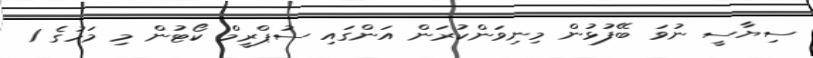
ސިޔާސީ ނުވަ ބޭފުޅުން މިނިވަންކުރަން އަންގައި ސުޕްރީމް ކޯޓުން މި މަހުގެ 1